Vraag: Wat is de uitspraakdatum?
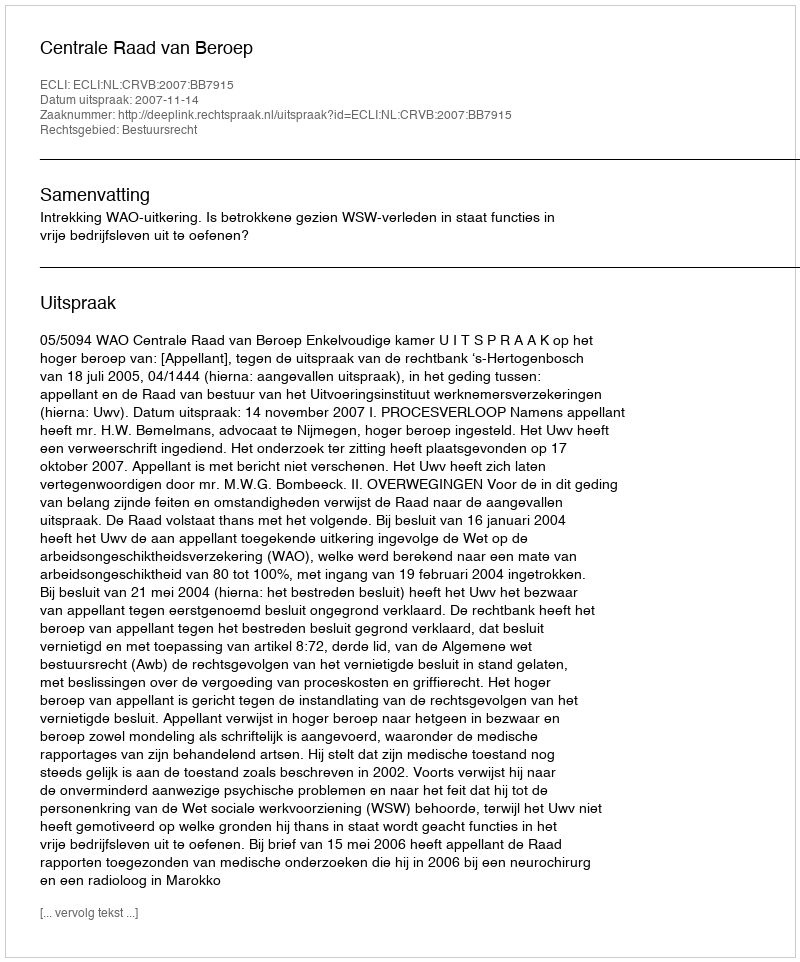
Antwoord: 2007-11-14